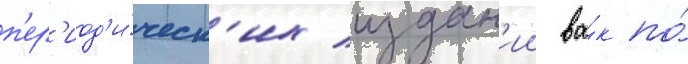
п'ер'иод'и́ческ'их издан'ии ва́к по́